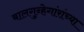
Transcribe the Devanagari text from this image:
बालगुन्हेगांरांच्या